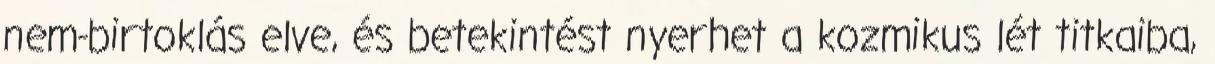
nem-birtoklás elve, és betekintést nyerhet a kozmikus lét titkaiba,